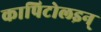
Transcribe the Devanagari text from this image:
कापिटोलइन्